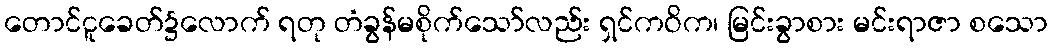
တောင်ငူခေတ်၌လောက် ရတု တံခွန်မစိုက်သော်လည်း ရှင်ကဝိက၊ မြင်းခွာစား မင်းရာဇာ စသော